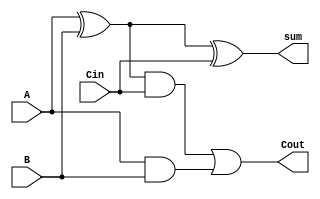
module adder(input A, B, Cin, output sum, Cout);
	wire tmp[3:0];
	//sum
	xor x1(tmp[0], A, B);
	xor x2(sum, tmp[0], Cin);

	//Cout
	and a1(tmp[1], tmp[0], Cin);
	and a2(tmp[2], A, B);
	or o1(Cout, tmp[1], tmp[2]);

endmodule